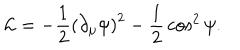
{ \cal L } = - { \frac { 1 } { 2 } } \left( \partial _ { \mu } \psi \right) ^ { 2 } - { \frac { 1 } { 2 } } \cos ^ { 2 } \psi .